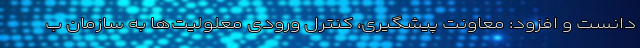
دانست و افزود: معاونت پیشگیری، کنترل ورودی معلولیت‌ها به سازمان ب